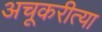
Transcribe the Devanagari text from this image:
अचूकरीत्या